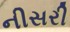
નીસરી